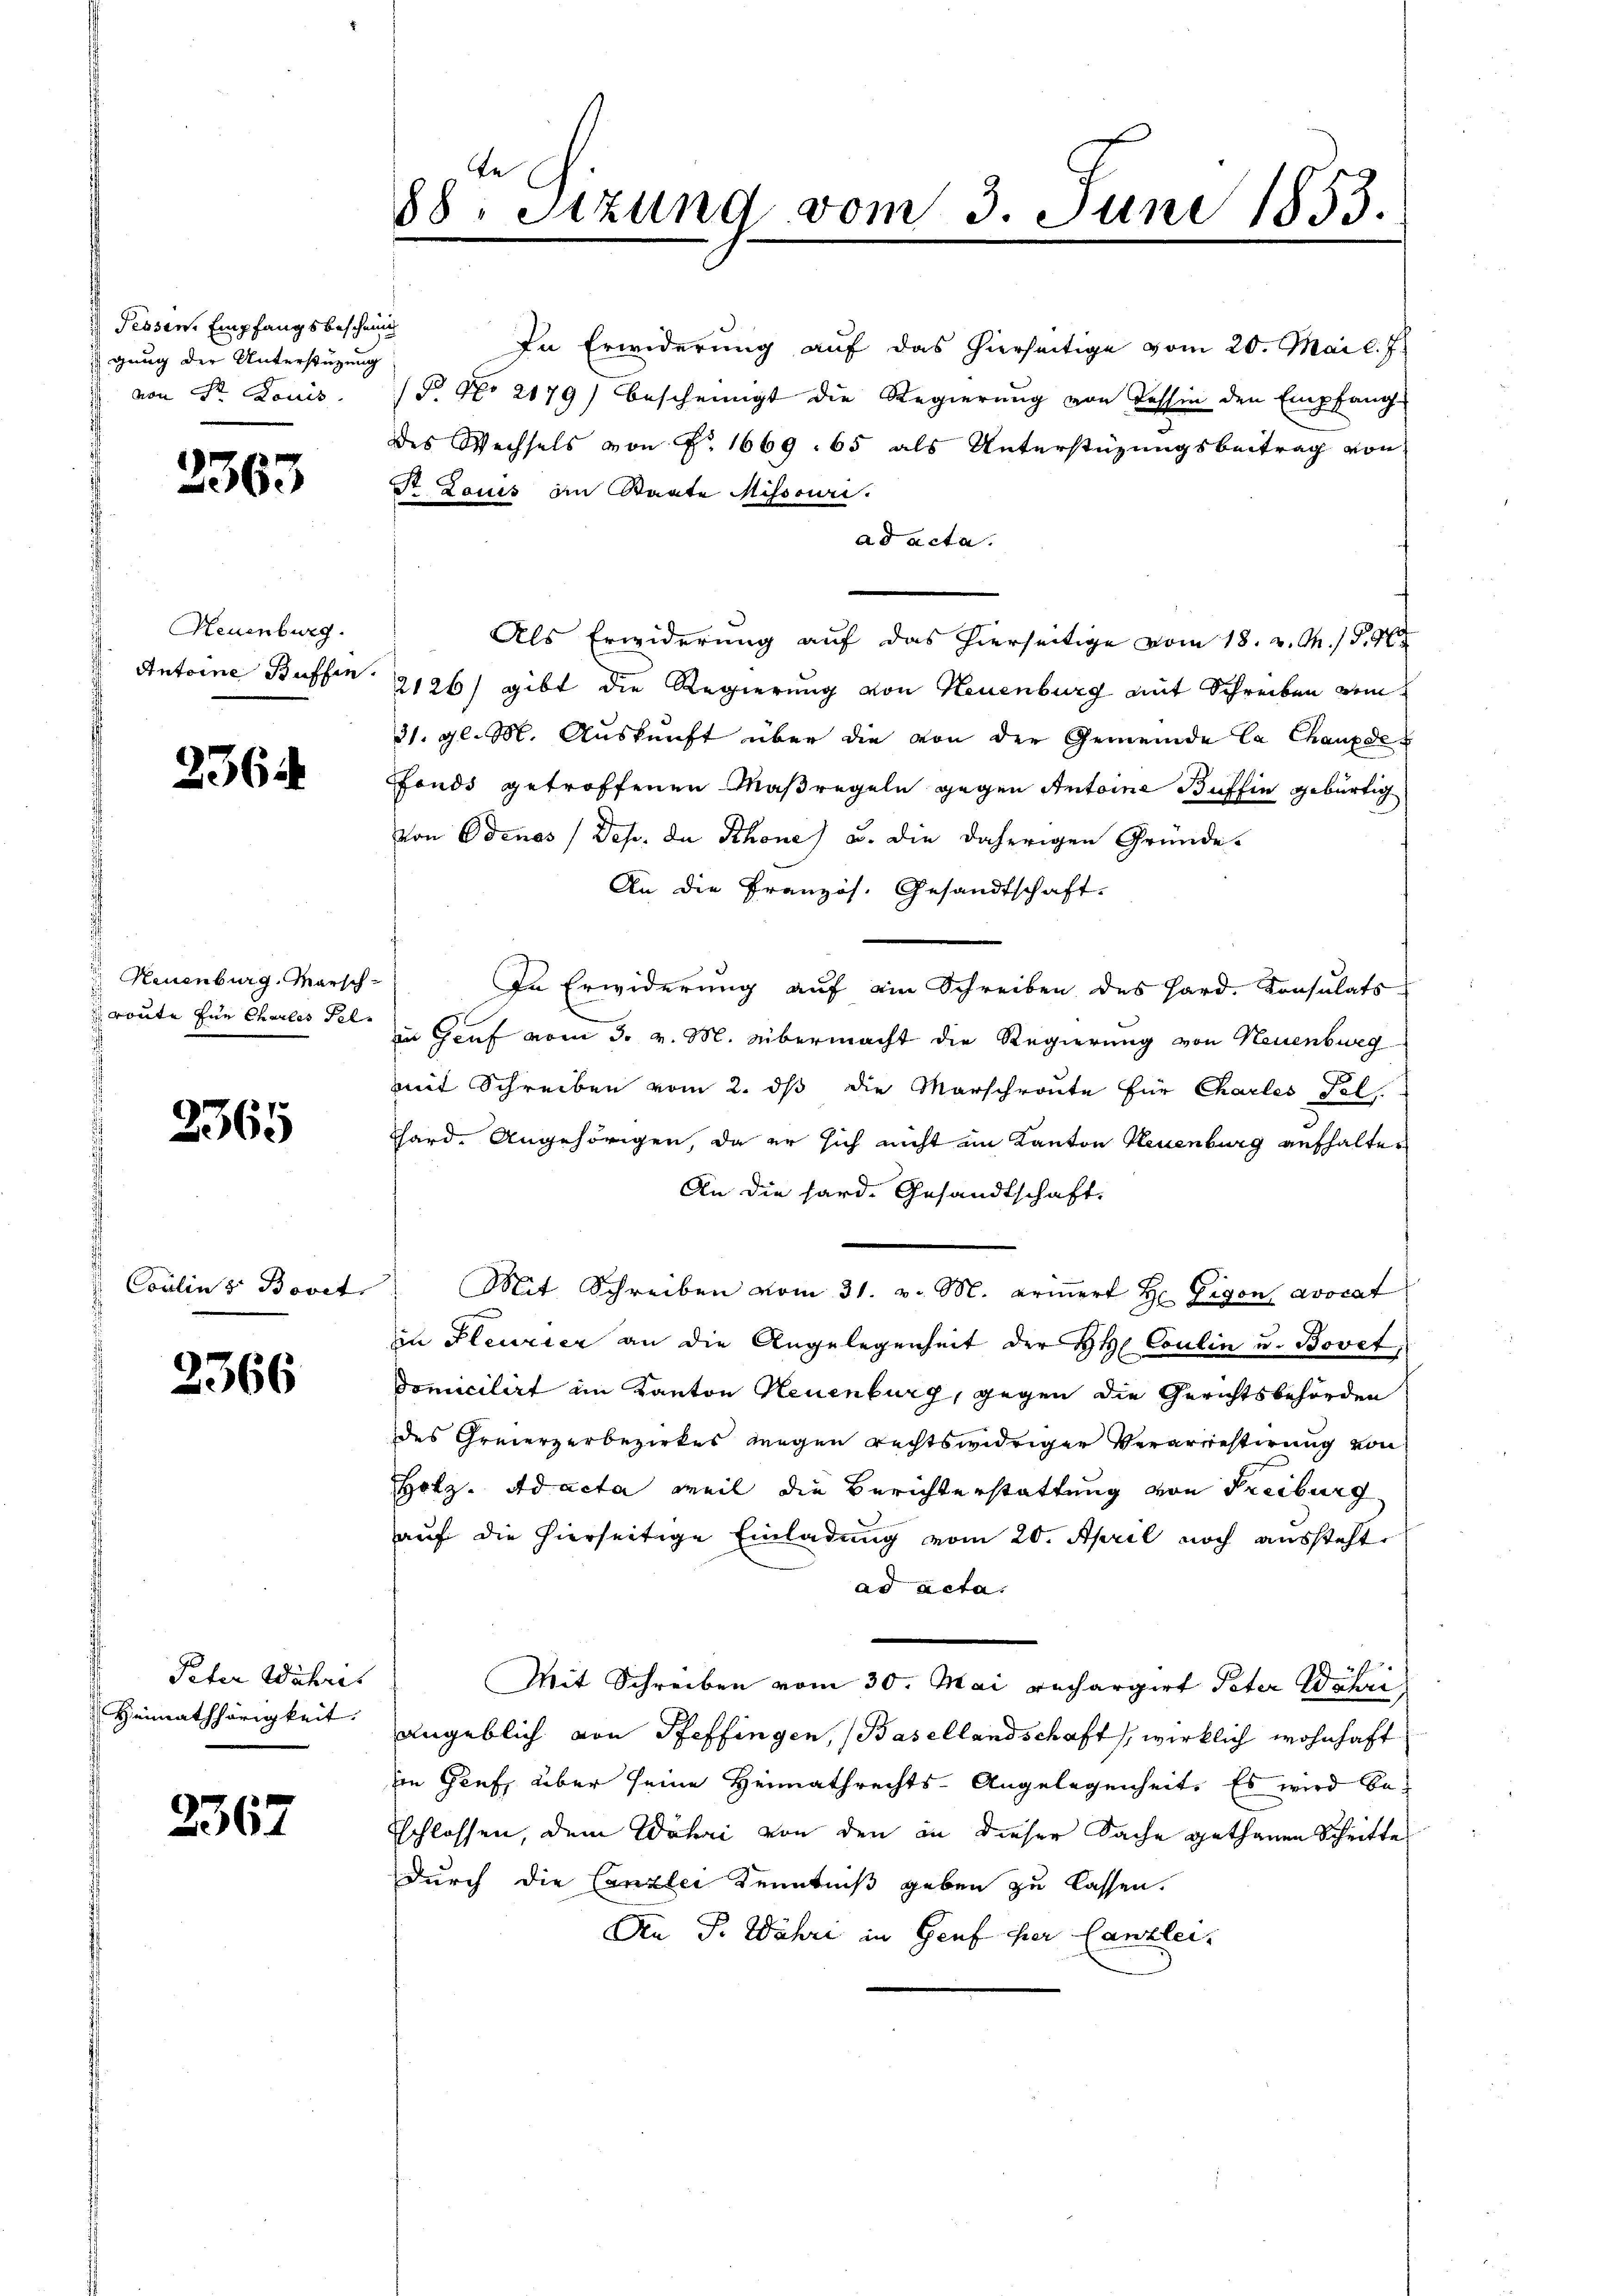
Pessen Empfangsbeschein
gung der Unterstüzung
1 von St. Louis

2363

Neuenburg.
Antoine Buffen

2364

Neuenburg, Marsch
route Ein Chales Fel

2365

Coulius Bovet,

2366

Peter Wahres
Heimathörigkeit. |

2367

te
88. Sitzung vom 3. Juni 1853.

des Wechsels von No. 1669. 65 als Unterstüzungsbeitrag von
Dr Louis in Staate Missouri
ad acta.
Als Erwiderung auf das hierseitige vom 18. v. M. (S. 90
126/ gibt die Regierung von Neuenburg mit Schreiben vom
31. gl. M. Auskunft über die von der Gemeinde la Chauxde
fonds getroffenen Maßregeln gegen Antoine Buffin gebürtig
von Odenes Dep. da Schöne) u. die daherigen Gründe.
An die Französ. Gesandtschaft.
In Erwiderung auf ein Schreiben des Hard. Konsulats
in Genf vom 3. v. M. übermacht die Regierung von Neuenburg
mit Schreiben vom 2. dß die Marschronte für Charles Fel
Thard. Angehörigen, da er sich nicht im Kanton Neuenburg aufhalter
An die hard. Gesandtschaft.
Mit Schreiben vom 31. v. M. eriṅert H. Gigon avocat
in Pleurier an die Angelegenheit der HH. Coulin u. Bovet,
domicilirt im Kanton Neuenburg, gegen die Gerichtsbehörden
des Greierzerbezirkes wegen rechtswidriger Verarrestirung von
Holz. Ad acta weil die Berichterstattung von Freiburg
auf die hierseitige Einladung vom 20. April noch aussteht,
ad acta.
Mit Schreiben vom 30. Mai rechargirt Peter Wahri,
angeblich von Pfeffingen, (Basellandschaft, wirklich wohnhaft
in Genf, über seine Heimathrechts-Angelegenheit. Es wird beschlossen, dem Wahri von den an dieser Sache gethanen Schritte
durch die Canzlei Kenntniß geben zu lassen.
Ain P. Währe in Genf er Canzlei.

In Erwiderung auf das hierseitige vom 20. Mai l. J.
/9 No 2179) bescheinigt die Regierŭng von Tessin den Empfang